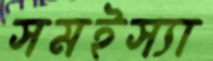
সমইস্যা